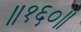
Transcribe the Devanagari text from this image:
॥१६०॥